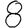
Digit: 8